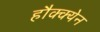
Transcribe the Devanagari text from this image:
हौक्क्येन